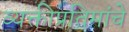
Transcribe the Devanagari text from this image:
व्यक्तीप्रतिमांचे